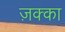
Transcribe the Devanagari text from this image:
ज़क्का